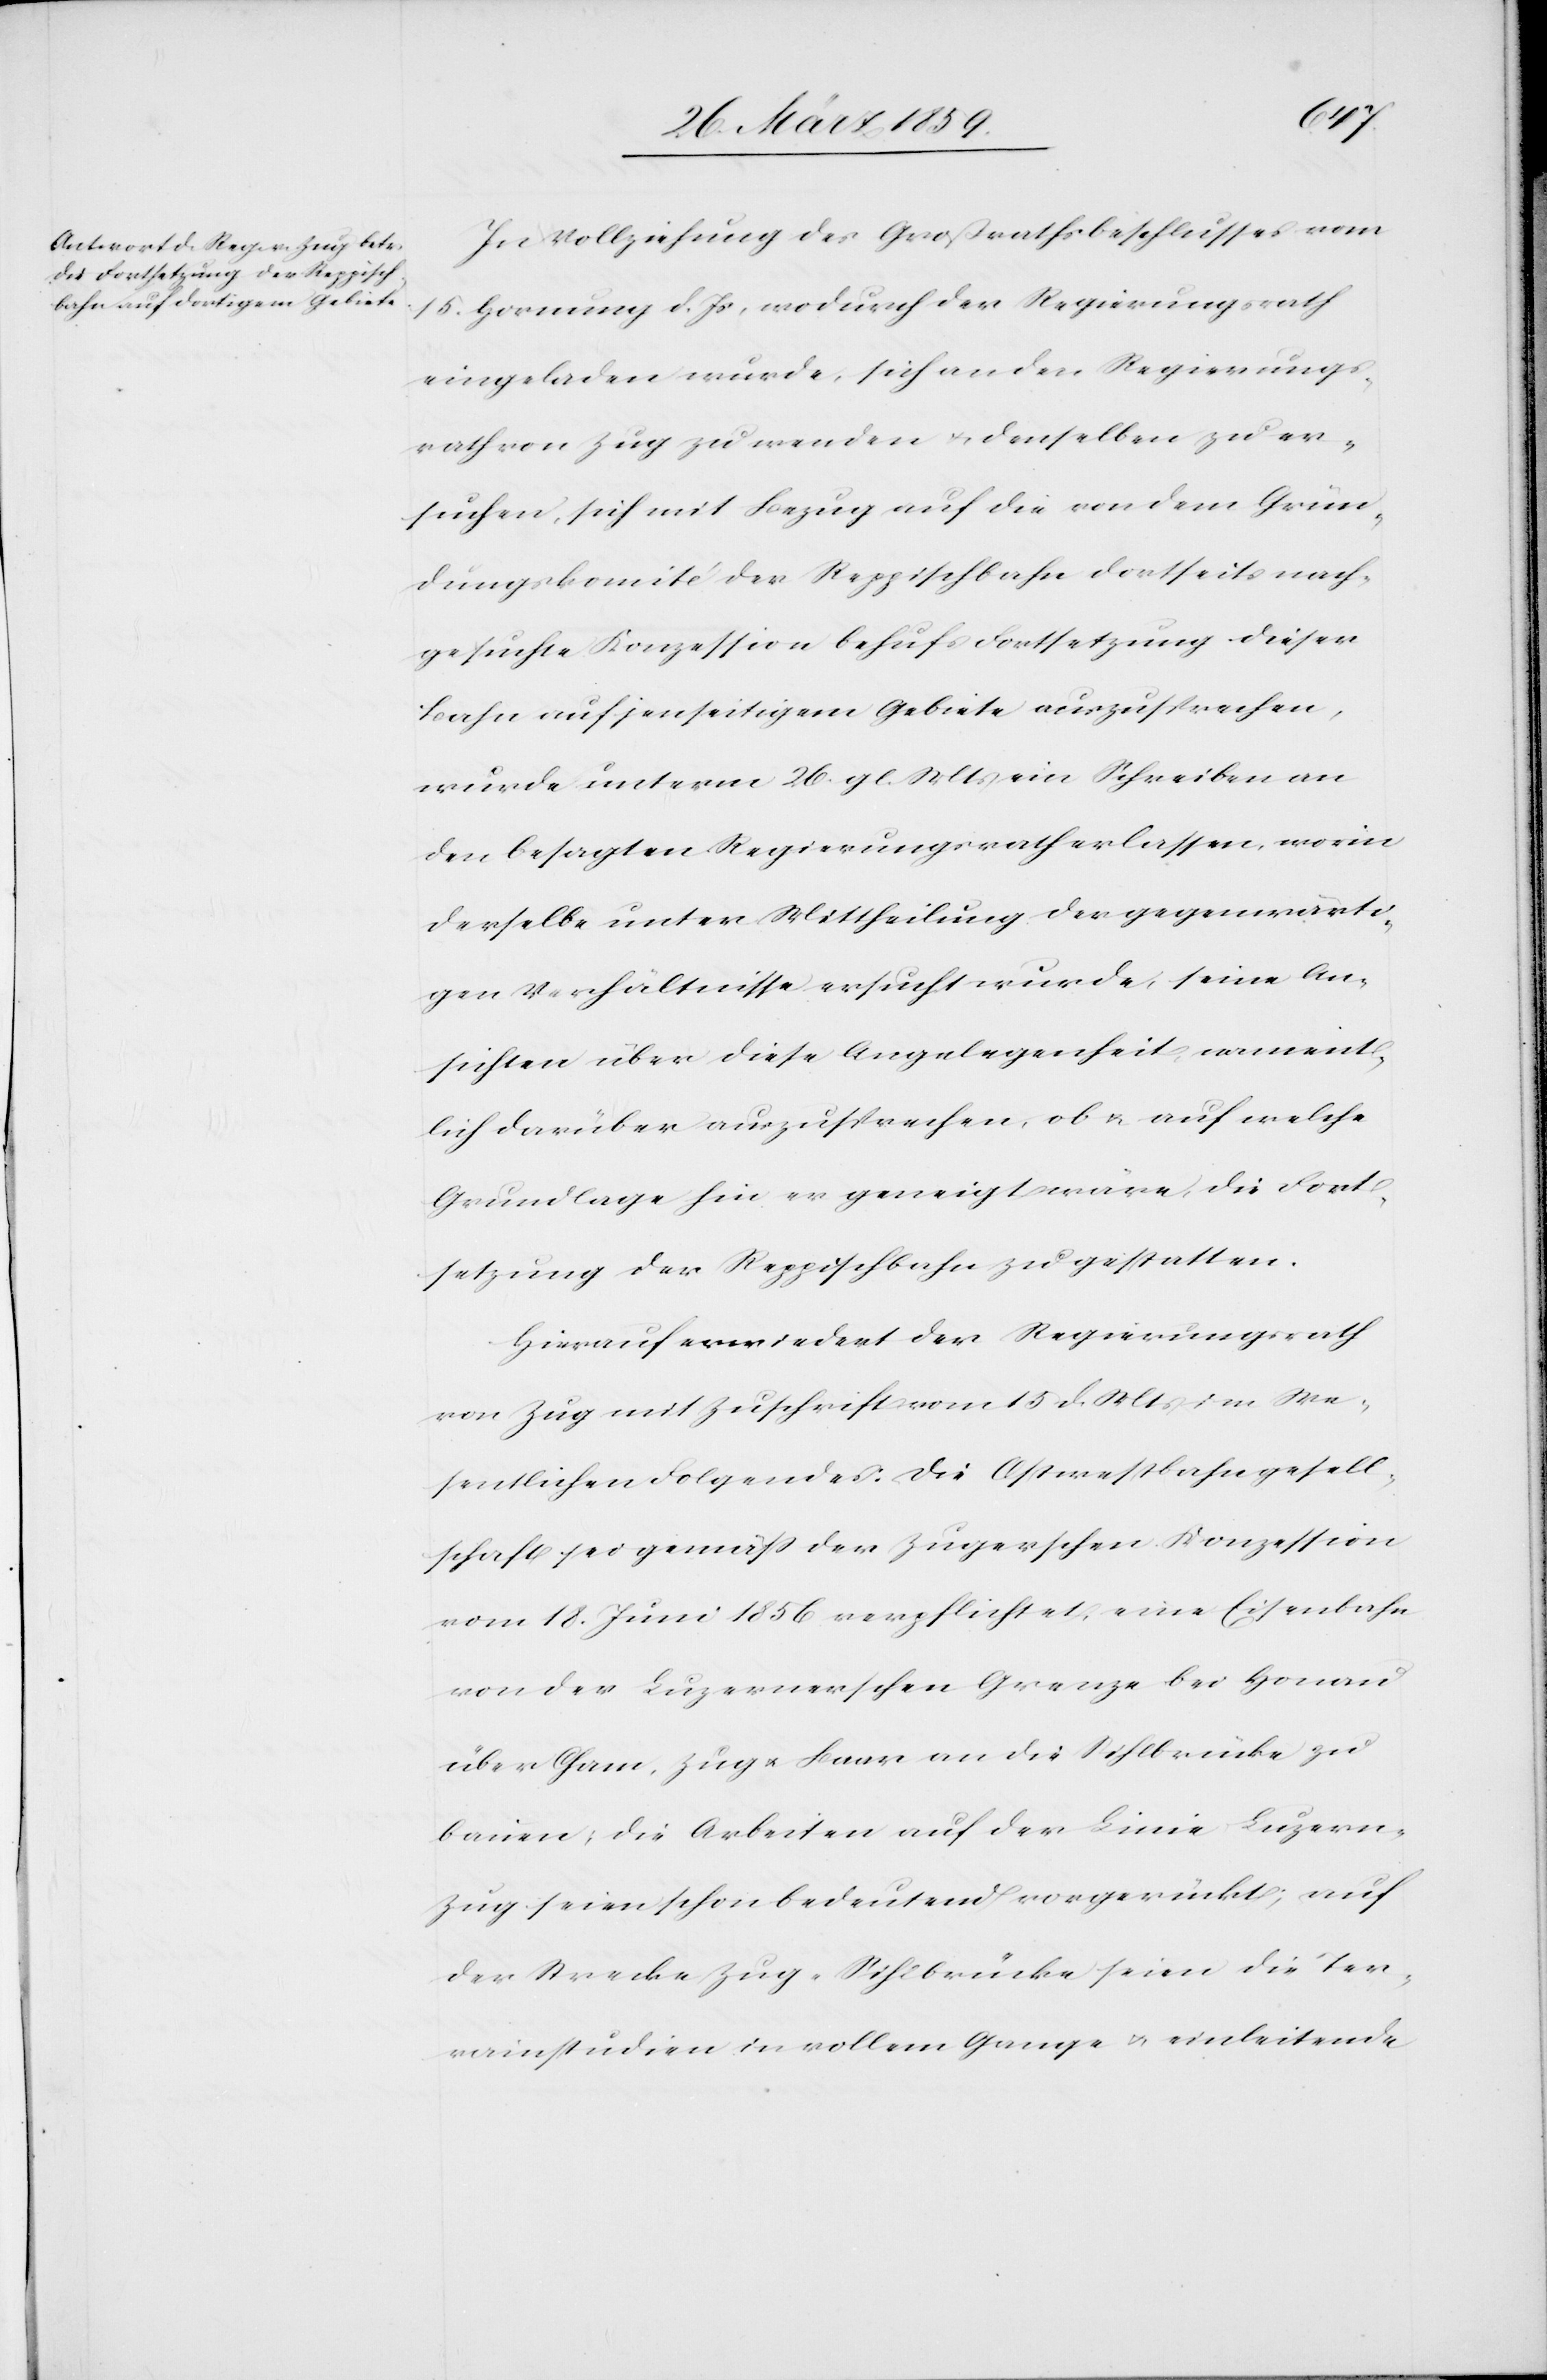
In Vollziehung des Großrathsbeschlusses vom
15. Hornung d. Js, wodurch der Regierungsrath
eingeladen wurde, sich an den Regierungs¬
rath von Zug zu wenden u. denselben zu er¬
suchen, sich mit Bezug auf die von dem Grün¬
dungskomité der Reppischbahn dortseits nach¬
gesuchte Konzession behufs Fortsetzung dieser
Bahn auf jenseitigem Gebiete auszusprechen,
wurde unterm 26. gl. Mts ein Schreiben an
den besagten Regierungsrath erlassen, worin
derselbe unter Mittheilung der gegenwärti¬
gen Verhältnisse ersucht wurde, seine An¬
sichten über diese Angelegenheit, nament¬
lich darüber auszusprechen, ob u. auf welche
Grundlage hin er geneigt wäre, die Fort¬
setzung der Reppischbahn zu gestatten.
Hierauf erwiedert der Regierungsrath
von Zug mit Zuschrift vom 15 d. Mts im We¬
sentlichen Folgendes: die Ostwestbahngesell¬
schaft sei gemäß der Zugerschen Konzession
vom 18. Juni 1856 verpflichtet, eine Eisenbahn
von der Luzernerschen Grenze bei Honau
über Cham, Zug u. Baar an die Sihlbrücke zu
bauen, die Arbeiten auf der Linie Luzern-Z¬
ug seien schon bedeutend vorgerückt; auf
der Strecke Zug-Sihlbrücke seien die Ter¬
rainstudien in vollem Gange u. einleitende